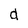
Character: d